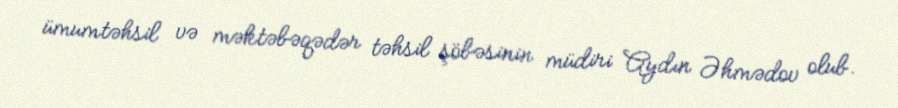
ümumtəhsil və məktəbəqədər təhsil şöbəsinin müdiri Aydın Əhmədov olub.